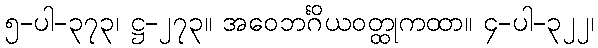
၅-ပါ-၃၇၃၊ ဋ္ဌ-၂၇၃။ အဝေဘင်္ဂိယဝတ္ထုကထာ။ ၄-ပါ-၃၂၂၊